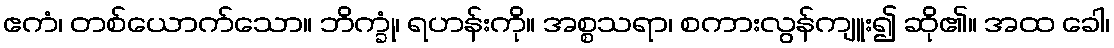
ဧကံ၊ တစ်ယောက်သော။ ဘိက္ခုံ၊ ရဟန်းကို။ အစ္စသရာ၊ စကားလွန်ကျူး၍ ဆို၏။ အထ ခေါ၊